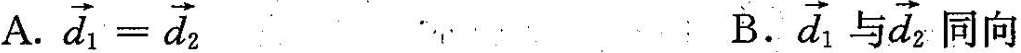
A. $$\overrightarrow { d } _ { 1 } = \overrightarrow { d } _ { 2 }$$ B. \overrightarrow{d}_{1}与 \overrightarrow{d}_{2}同向